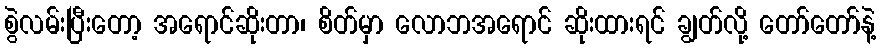
စွဲလမ်းပြီးတော့ အရောင်ဆိုးတာ၊ စိတ်မှာ လောဘအရောင် ဆိုးထားရင် ချွတ်လို့ တော်တော်နဲ့